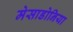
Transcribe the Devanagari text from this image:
मेसाडोनिया